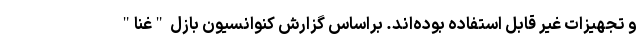
و تجهیزات غیر قابل استفاده بوده‌اند. براساس گزارش کنوانسیون بازل "غنا"